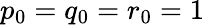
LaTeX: p_{0}=q_{0}=r_{0}=1